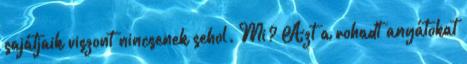
sajátjaik viszont nincsenek sehol. Mi? Azt a rohadt anyátokat